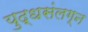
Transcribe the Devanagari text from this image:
युद्धसंलग्न